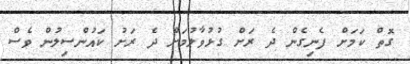
ގޮތް ކަމަށް ފެނިގެން ދެ ރަށް ގުޅުވާލުމަށް ދެ ރަށު ކައުންސިލުން ވެސް